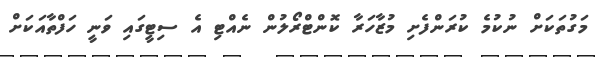
މަގުތަކަށް ނުކުމެ ކުރަންފެށި މުޒާހަރާ ކޮންޓްރޯލުން ނެއްޓި އެ ސިޓީގައި ވަނީ ހަފްތާއަކަށް